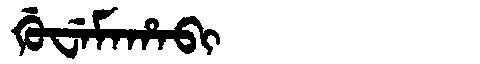
Manchu: ᡤᡠᠸᡝᠮᠠᡥᠠᠪᡳ
Romanization: GUWEMAHABI